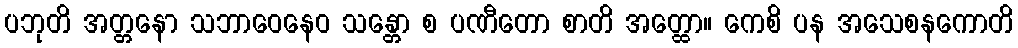
ပဘုတိ အတ္တနော သဘာဝေနေဝ သန္တော စ ပဏီတော စာတိ အတ္ထော။ ကေစိ ပန အသေစနကောတိ